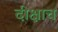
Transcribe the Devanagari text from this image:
दीक्षाच